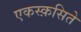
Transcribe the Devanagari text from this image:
एकस्क़सिते